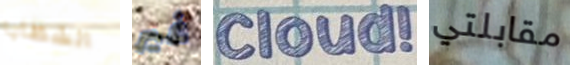
الشظايا غير Cloud! مقابلتي